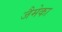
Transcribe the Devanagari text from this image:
जैमेका